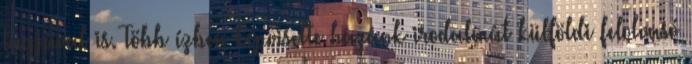
tagjával is. Több ízben képviselte hazánk irodalmát külföldi felolvasó